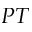
P T